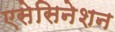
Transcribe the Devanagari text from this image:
एसेसिनेशन